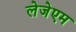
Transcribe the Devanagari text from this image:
लेजेएम